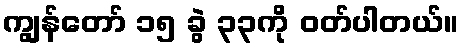
ကျွန်တော် ၁၅ ခွဲ ၃၃ကို ဝတ်ပါတယ်။